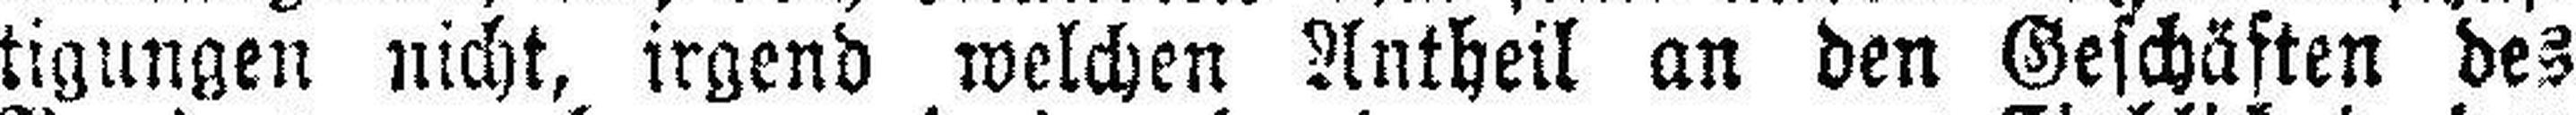
tigungen nicht, irgend welchen Antheil an den Geschäften des